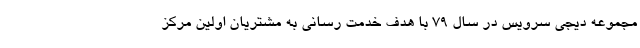
مجموعه دیجی سرویس در سال 79 با هدف خدمت رسانی به مشتریان اولین مرکز